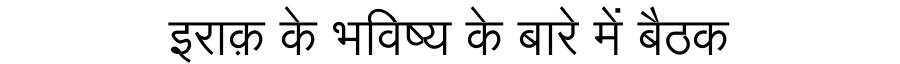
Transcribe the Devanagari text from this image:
इराक़ के भविष्य के बारे में बैठक